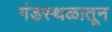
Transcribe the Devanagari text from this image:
गंडस्थळातून